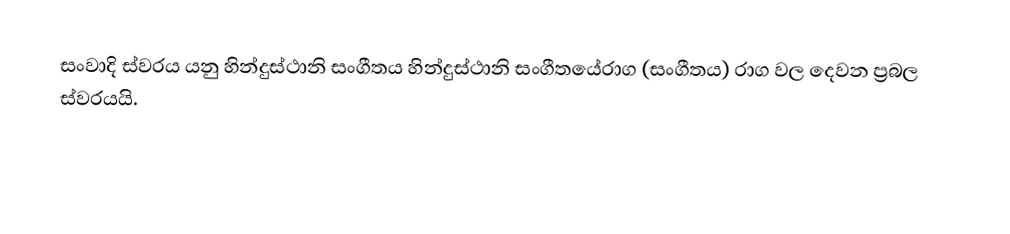
සංවාදි ස්වරය යනු හින්දුස්ථානි සංගීතය හින්දුස්ථානි සංගීතයේරාග (සංගීතය) රාග වල දෙවන ප්‍රබල ස්වරයයි.